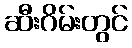
ဆီးဂိမ်းတွင်